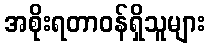
အစိုးရတာဝန်ရှိသူများ